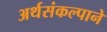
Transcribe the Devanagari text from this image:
अर्थसंकल्पाने